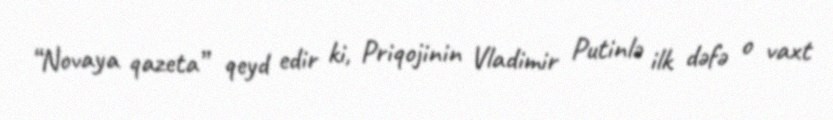
“Novaya qazeta” qeyd edir ki, Priqojinin Vladimir Putinlə ilk dəfə o vaxt